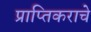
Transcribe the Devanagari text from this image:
प्राप्‍तिकराचे